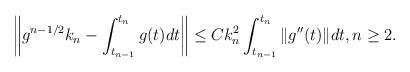
LaTeX: \begin{align*} \left\| g^{n-1/2}k_n - \int_{t_{n-1}}^{t_n} g(t)dt \right\| \leq C k_n^2 \int_{t_{n-1}}^{t_n} \|g''(t)\| dt, n\geq 2. \end{align*}